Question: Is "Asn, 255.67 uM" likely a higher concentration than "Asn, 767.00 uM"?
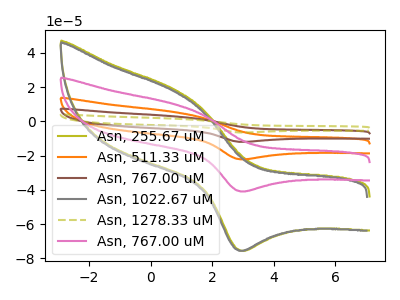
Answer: <think>The olive curve "Asn, 255.67 uM" has an anodic peak at (0.80V, 18.50uA) and a cathodic peak at (3.00V, -75.55uA). The orange curve "Asn, 511.33 uM" has an anodic peak at (0.80V, 20.05uA) and a cathodic peak at (3.00V, -81.85uA). The brown curve "Asn, 767.00 uM" has an anodic peak at (0.80V, 30.05uA) and a cathodic peak at (3.00V, -122.75uA). The gray curve "Asn, 1022.67 uM" has an anodic peak at (0.75V, 17.75uA) and a cathodic peak at (2.95V, -75.55uA). The olive dashed curve "Asn, 1278.33 uM" has an anodic peak at (0.80V, 40.05uA) and a cathodic peak at (3.00V, -163.65uA). The pink curve "Asn, 767.00 uM" has an anodic peak at (0.80V, 10.00uA) and a cathodic peak at (3.00V, -40.90uA).
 All the peaks in "Asn, 255.67 uM" have a peak in "Asn, 767.00 uM" at the same potential. Every peak in "Asn, 255.67 uM" is higher than every peak in "Asn, 767.00 uM".</think>
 <answer>"Asn, 255.67 uM" has more signal than "Asn, 767.00 uM".</answer>
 <eval>more_signal</eval>